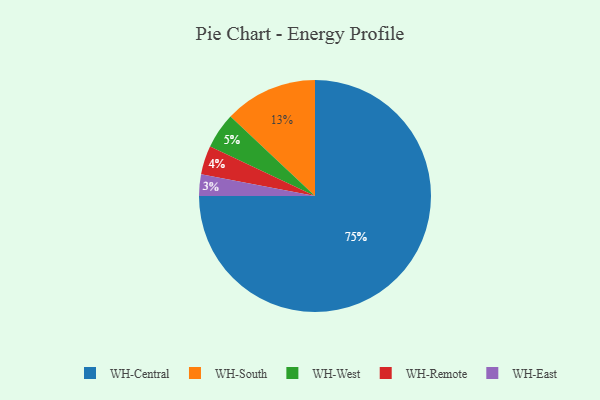
{"axis": {"x": "Category", "y": "Percentage"}, "legend": ["WH-Central", "WH-East", "WH-Remote", "WH-South", "WH-West"], "data": [{"x": "WH-South", "y": 13, "type": "WH-South"}, {"x": "WH-West", "y": 5, "type": "WH-West"}, {"x": "WH-Remote", "y": 4, "type": "WH-Remote"}, {"x": "WH-East", "y": 3, "type": "WH-East"}, {"x": "WH-Central", "y": 75, "type": "WH-Central"}]}